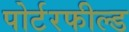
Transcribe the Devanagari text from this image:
पोर्टरफील्ड